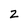
Character: z